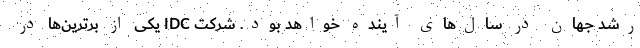
رشد جهان در سال‌های آینده خواهد بود. شرکت IDC یکی از برترین‌ها در